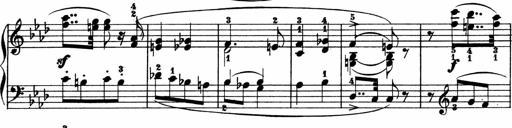
Title: 2 instructive Sonatinen
Composer: Paul Schumacher